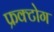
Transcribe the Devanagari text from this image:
फ्रक्टोग